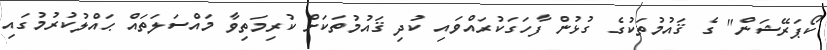
ކޯޕަރޭޝަން" ގެ ޤައުމުތަކުގެ ގުޅުން ފާހަގަކުރައްވައި ކުދި ޤައުމުތަކަށް ކުރިމަތިވާ މައްސަލަތައް ޙައްލުކުރުމުގައި